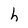
Character: h